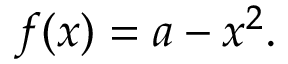
f ( x ) = a - x ^ { 2 } .